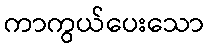
ကာကွယ်ပေးသော